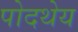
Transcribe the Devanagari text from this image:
पोदथेय